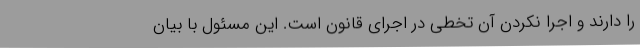
را دارند و اجرا نکردن آن تخطی در اجرای قانون است. این مسئول با بیان